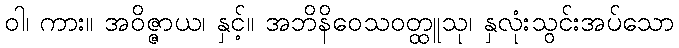
ဝါ၊ ကား။ အဝိဇ္ဇာယ၊ နှင့်။ အဘိနိဝေသဝတ္ထူသု၊ နှလုံးသွင်းအပ်သော